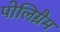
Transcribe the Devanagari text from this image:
पोलिग्रैम